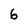
Character: 6